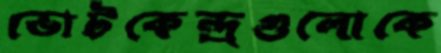
ভোটকেন্দ্রগুলোকে